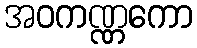
အဝကဏ္ဏကော